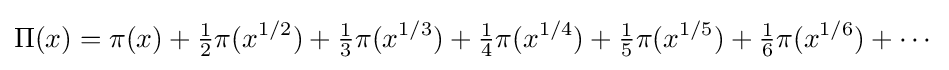
\Pi (x)=\pi (x)+{\tfrac {1}{2}}\pi (x^{1/2})+{\tfrac {1}{3}}\pi (x^{1/3})+{\tfrac {1}{4}}\pi (x^{1/4})+{\tfrac {1}{5}}\pi (x^{1/5})+{\tfrac {1}{6}}\pi (x^{1/6})+\cdots